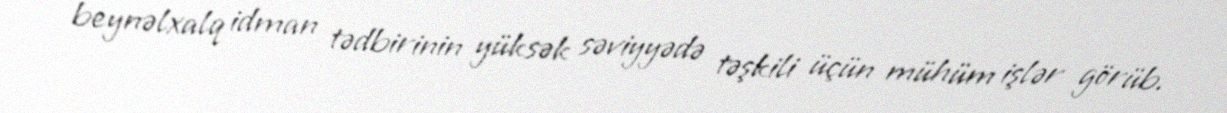
beynəlxalq idman tədbirinin yüksək səviyyədə təşkili üçün mühüm işlər görüb.